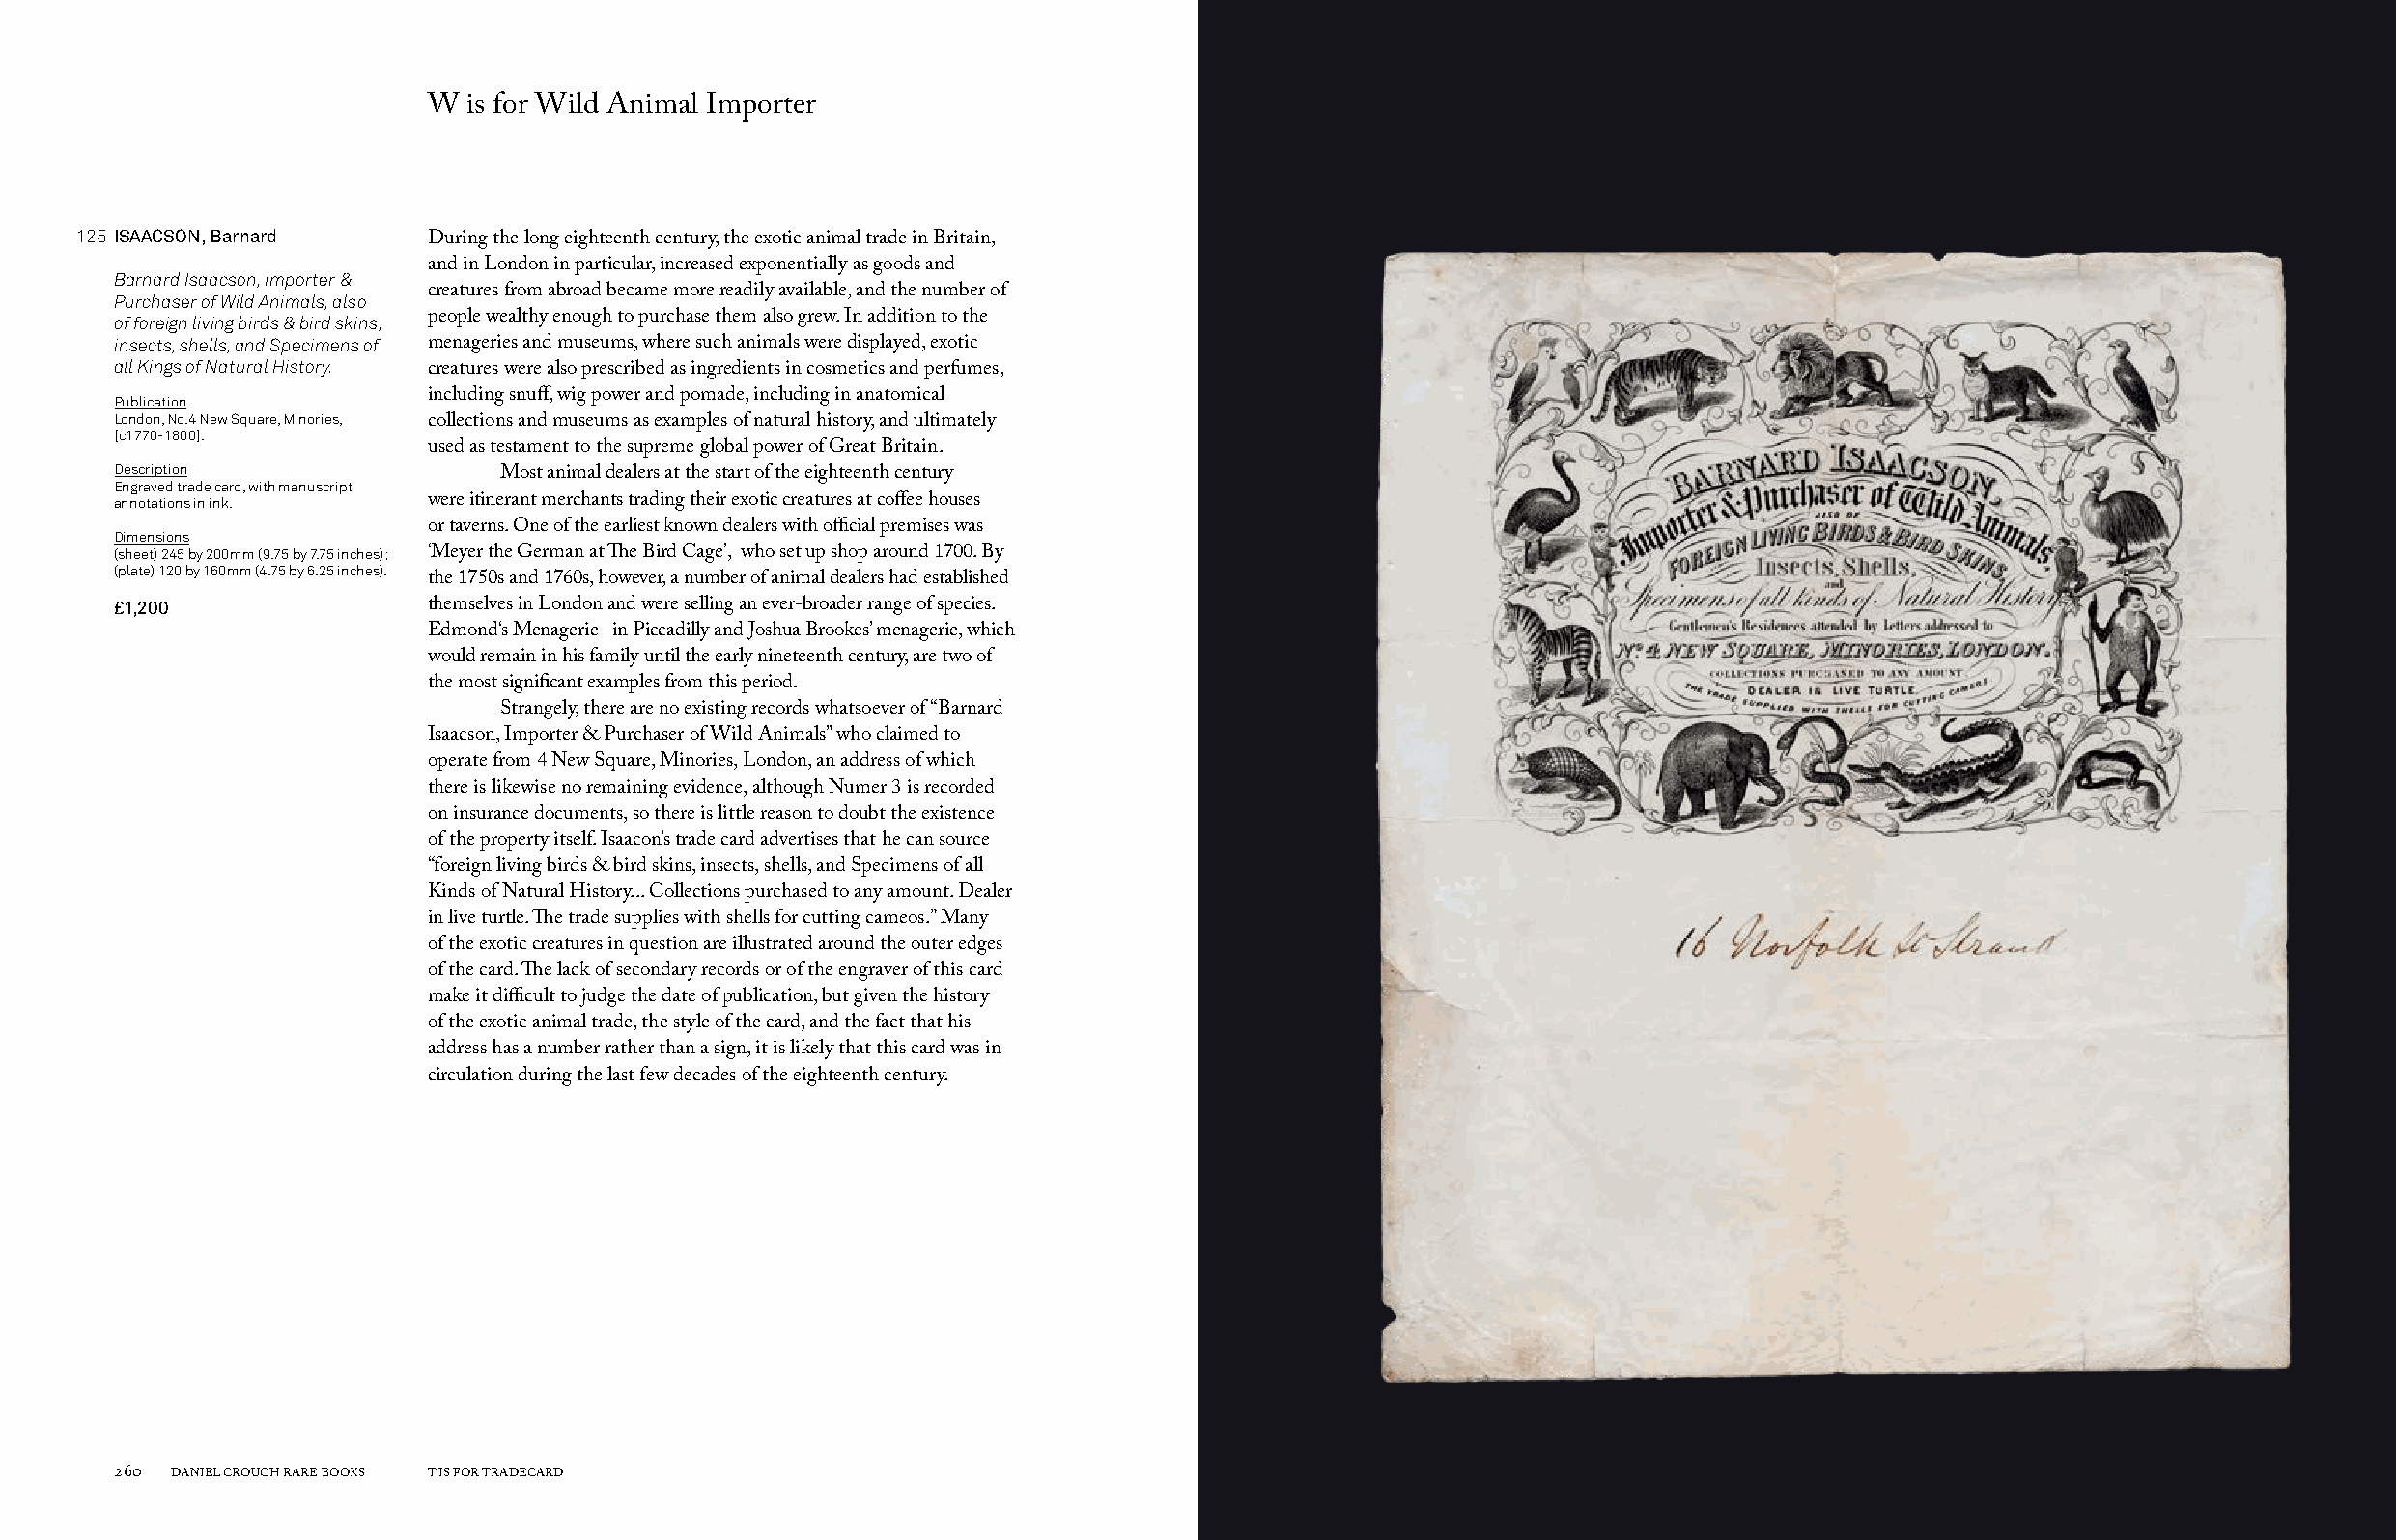
W  is for Wild Animal Importer
 125 ISAACSON, Barnard
 During the long eighteenth century, the exotic animal trade in Britain,
 and in London in particular, increased exponentially as goods and
 Barnard Isaacson, Importer &
 Purchaser of Wild Animals, also creatures from abroad became more readily available, and the number of
 of foreign living birds & bird skins, people wealthy enough to purchase them also grew. In addition to the
 insects, shells, and Specimens of menageries and museums, where such animals were displayed, exotic
 all Kings of Natural History.
 creatures were also prescribed as ingredients in cosmetics and perfumes,
 Publication          including snuff, wig power and pomade, including in anatomical
 London, No.4 New Square, Minories,
 collections and museums as examples of natural history, and ultimately
 [c1770-1800].
 used as testament to the supreme global power of Great Britain.
 Description
 Most animal dealers at the start of the eighteenth century
 Engraved trade card, with manuscript
 annotations in ink.  were itinerant merchants trading their exotic creatures at coffee houses
 or taverns. One of the earliest known dealers with official premises was
 Dimensions
 (sheet) 245 by 200mm (9.75 by 7.75 inches); ‘Meyer the German at The Bird Cage’, who set up shop around 1700. By
 (plate) 120 by 160mm (4.75 by 6.25 inches).
 the 1750s and 1760s, however, a number of animal dealers had established
 £1,200               themselves in London and were selling an ever-broader range of species.
 Edmond‘s Menagerie‖ in Piccadilly and Joshua Brookes’ menagerie, which
 would remain in his family until the early nineteenth century, are two of
 the most significant examples from this period.
 Strangely, there are no existing records whatsoever of “Barnard
 Isaacson, Importer & Purchaser of Wild Animals” who claimed to
 operate from 4 New Square, Minories, London, an address of which
 there is likewise no remaining evidence, although Numer 3 is recorded
 on insurance documents, so there is little reason to doubt the existence
 of the property itself. Isaacon’s trade card advertises that he can source
 “foreign living birds & bird skins, insects, shells, and Specimens of all
 Kinds of Natural History... Collections purchased to any amount. Dealer
 in live turtle. The trade supplies with shells for cutting cameos.” Many
 of the exotic creatures in question are illustrated around the outer edges
 of the card. The lack of secondary records or of the engraver of this card
 make it difficult to judge the date of publication, but given the history
 of the exotic animal trade, the style of the card, and the fact that his
 address has a number rather than a sign, it is likely that this card was in
 circulation during the last few decades of the eighteenth century.
 260 DANIEL CROUCH RARE BOOKS T IS FOR TRADECARD                                                                       T IS FOR TRADECARD DANIEL CROUCH RARE BOOKS 261